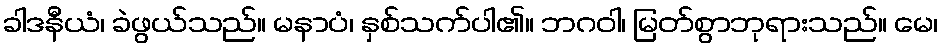
ခါဒနီယံ၊ ခဲဖွယ်သည်။ မနာပံ၊ နှစ်သက်ပါ၏။ ဘဂဝါ၊ မြတ်စွာဘုရားသည်။ မေ၊